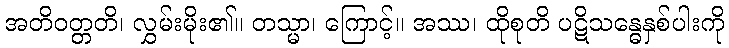
အတိဝတ္တတိ၊ လွှမ်းမိုး၏။ တသ္မာ၊ ကြောင့်။ အဿ၊ ထိုစုတိ ပဋိသန္ဓေနှစ်ပါးကို